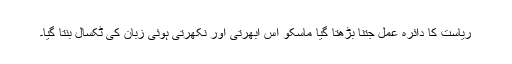
ریاست کا دائرہ عمل جتنا بڑھتا گیا ماسکو اس ابھرتی اور نکھرتی ہوئی زبان کی ٹکسال بنتا گیا۔